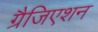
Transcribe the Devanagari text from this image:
ग्रैजिएशन